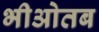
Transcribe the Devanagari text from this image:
भीओतब